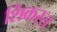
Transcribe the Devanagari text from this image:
शिकस्‍त